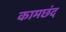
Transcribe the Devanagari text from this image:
कामछंद